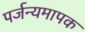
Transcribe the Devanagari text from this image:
पर्जन्यमापक